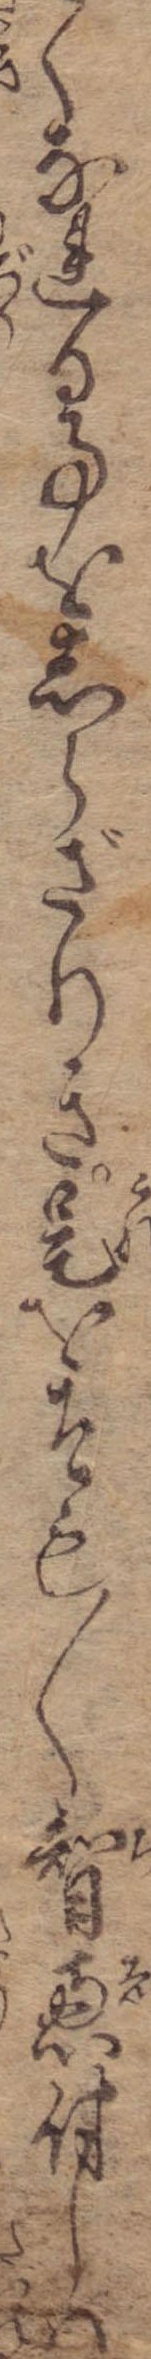
くなれる事をしらざりき是をそも〱智恵付しは